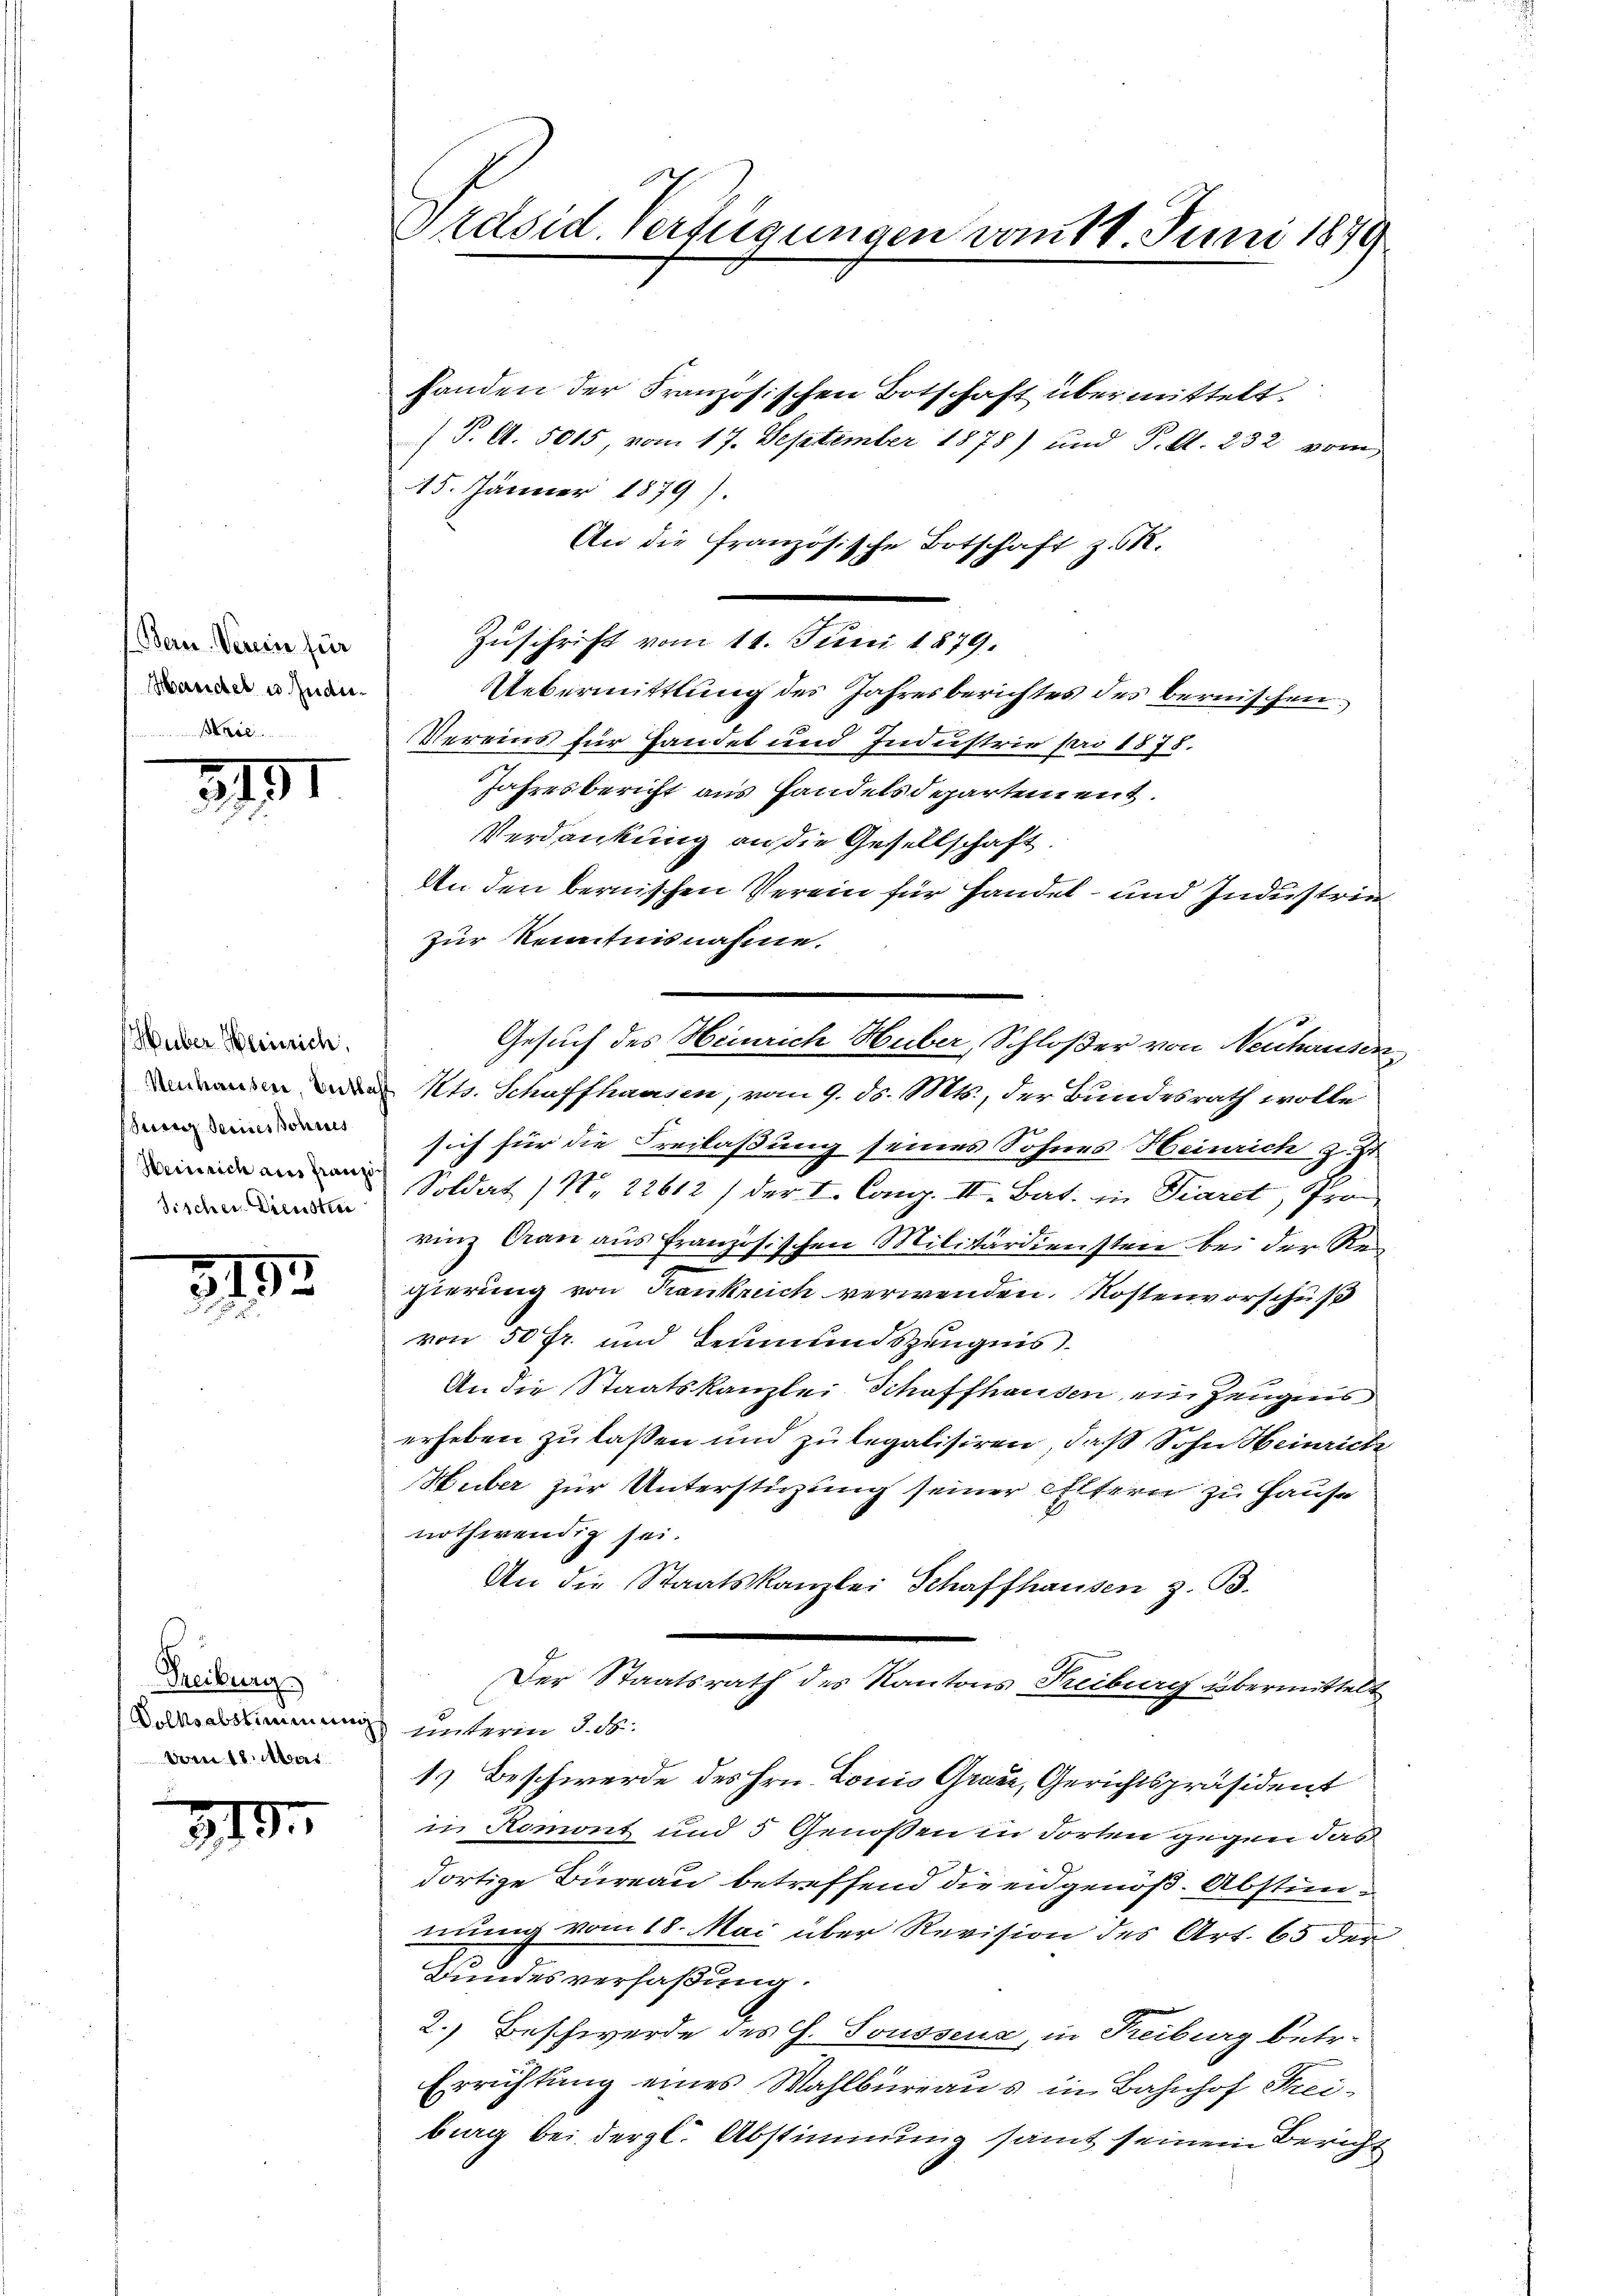
(Bern. Verein für
Haricher u. Zudi¬
.

3191

(Huber Heinrich.
Seerenz decines Sohnes
Tischen Dienstrei

2135

Treiburg
Volksabstimmung
vom 18. Mai

319.

Präsid. Verfügungen vom 14. Juni 1874.

15. Jänner 1879).
Zuschrift vom 11. Juni 1879.
Uebermittlung des Jahresberichtes des bernischen,
Vereins für Handel und Industrie pro 1878.
Jahresbericht aus Handelsdepartement.
 Kts. Schaffhausen, vom 9. ds. Mts., der Bundesrath wolle
sich für die Freilaßung seines Sohnes Heinrich z. Zt
Soldat / Nr. 22612 / der I. Cong. II. Bat. in Piaret, Pro
rinz Cran aus französischen Militärdiensten bei der Regierung von Frankreich verwenden. Kostenvorschuß
von 50 fr. und Leumundszeugnis
An die Staatskanzlei Schaffhausen ein Zeugens
erheben zu lassen und zu legalisiren, daß Sohn Heinrich
Huber zur Unterstüzung seiner Eltern zu Hause
nothwendig sei.
An die Staatskanzlei Schaffhausen z. B.
Der Staatsrath des Kantons Freiburg übermittelt
unterm 3. d.
1) Beschwerde des Hrn. Louis Grade, Gerichtspräsident
in Romont und 5 Genoßen in dorten gegen das
dortige Büreau betreffend die eidgenöß. Abstimmung vom 18. Mai über Revision des Art. 65 der
Bundesverfaßung.
2.) Beschwerde des H. Toussenz, in Reiburg betr.
Errichtung eines Wahlbureaus in Bahnhof Steiburg bei dergl. Abstimmung samt seinem Bericht

Verdankung an die Gesellschaft
An den bernischen Verein für Handel- und Industrie
zur Kenntnisnahme.
Gesuch des Heinrich Huber, Schloßer von Neuhausen

handen der Französischen Botschaft übermittelt
(J. A. 5015, vom 17. September 1875) und P. d. 232 vom

An die französische Botschaft z. OR.